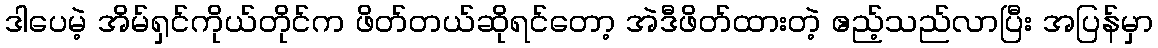
ဒါပေမဲ့ အိမ်ရှင်ကိုယ်တိုင်က ဖိတ်တယ်ဆိုရင်တော့ အဲဒီဖိတ်ထားတဲ့ ဧည့်သည်လာပြီး အပြန်မှာ